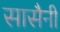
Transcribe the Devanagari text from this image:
सासैनी